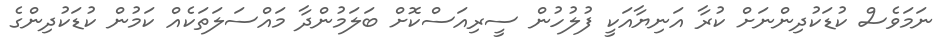
ނަމަވެސް ކުޑަކުދިންނަށް ކުރާ އަނިޔާއަކީ ފުލުހުން ސީރިއަސްކޮށް ބަލަމުންދާ މައްސަލަތަކެއް ކަމުން ކުޑަކުދިންގެ